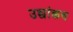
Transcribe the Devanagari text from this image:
उच्चांकच